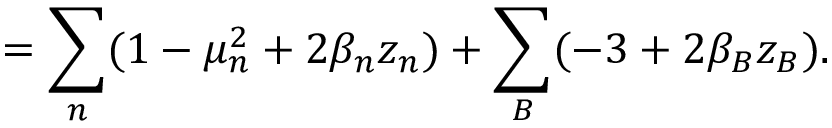
= \sum _ { n } ( 1 - \mu _ { n } ^ { 2 } + 2 \beta _ { n } z _ { n } ) + \sum _ { B } ( - 3 + 2 \beta _ { B } z _ { B } ) .